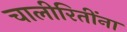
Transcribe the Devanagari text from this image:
चालीरितींना